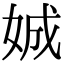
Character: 娍